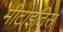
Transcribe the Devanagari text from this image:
मीटाइटिस